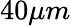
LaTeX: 40\mu m